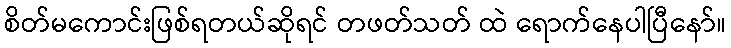
စိတ်မကောင်းဖြစ်ရတယ်ဆိုရင် တဖတ်သတ် ထဲ ရောက်နေပါပြီနော်။